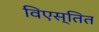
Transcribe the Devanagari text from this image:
विएस्तित